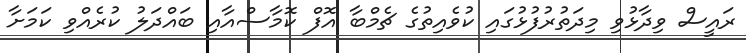
ރައީސް ވިދާޅުވި މިދަތުރުފުޅުގައި ކުވެއިތުގެ ޗެމްބާ އޮފް ކޮމާސްއާއި ބައްދަލު ކުރެއްވި ކަމަށާ